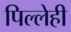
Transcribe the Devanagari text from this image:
पिल्लेही